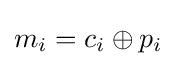
m_{i}=c_{i}\oplus p_{i}